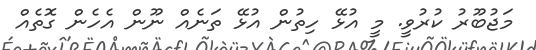
މަޖުބޫރު ކުރުވީ. މީ އުޅޭ ހިތުން އުޅޭ ތަނެއް ނޫން އެހެން ގޮތެއް